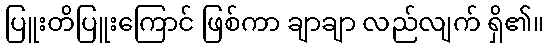
ပြူးတိပြူးကြောင် ဖြစ်ကာ ချာချာ လည်လျက် ရှိ၏။